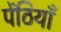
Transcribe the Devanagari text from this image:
पेंठियाँ